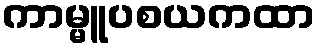
ကာမ္မူပစယကထာ